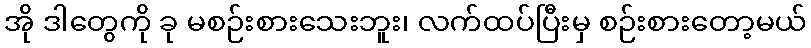
အို ဒါတွေကို ခု မစဉ်းစားသေးဘူး၊ လက်ထပ်ပြီးမှ စဉ်းစားတော့မယ်